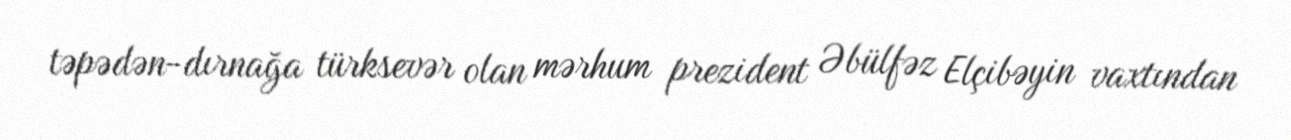
təpədən-dırnağa türksevər olan mərhum prezident Əbülfəz Elçibəyin vaxtından